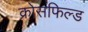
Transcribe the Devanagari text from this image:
क्रोसफिल्ड